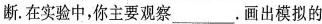
断。在实验中，你主要观察___。画出模拟的